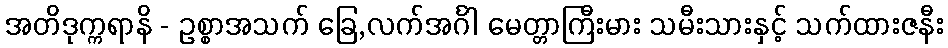
အတိဒုက္ကရာနိ - ဥစ္စာအသက် ခြေ,လက်အင်္ဂါ မေတ္တာကြီးမား သမီးသားနှင့် သက်ထားဇနီး